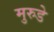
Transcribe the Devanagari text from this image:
मुरुडे